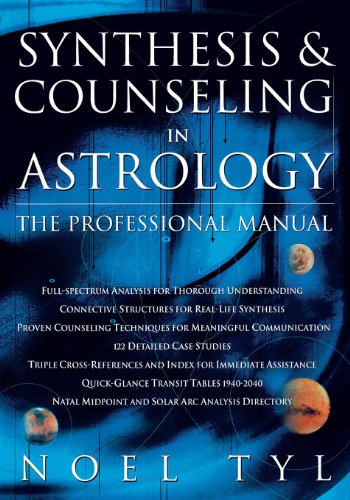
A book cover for Synthesis & Counseling in Astrology: The Professional Manual; Noel Tyl; Religion & Spirituality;